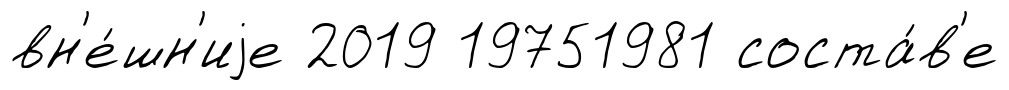
вн'е́шн'иjе 2019 19751981 соста́в'е